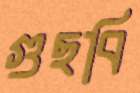
গুছবি